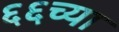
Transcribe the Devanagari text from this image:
६६च्या